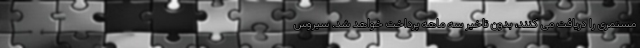
مستمری را دریافت می کنند، بدون تاخیر سه ماهه پرداخت خواهد شد. سیروس